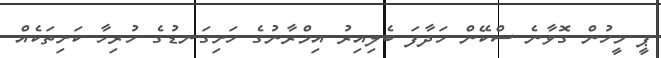
ޕީ މީހުން ގޮވާނެ ސްކޭން ހަދާފަ ބެލިއިރު އިމްރާނުގެ ހަށިގަނޑުގެ ހުރިހާ ކަށިތަކެއް